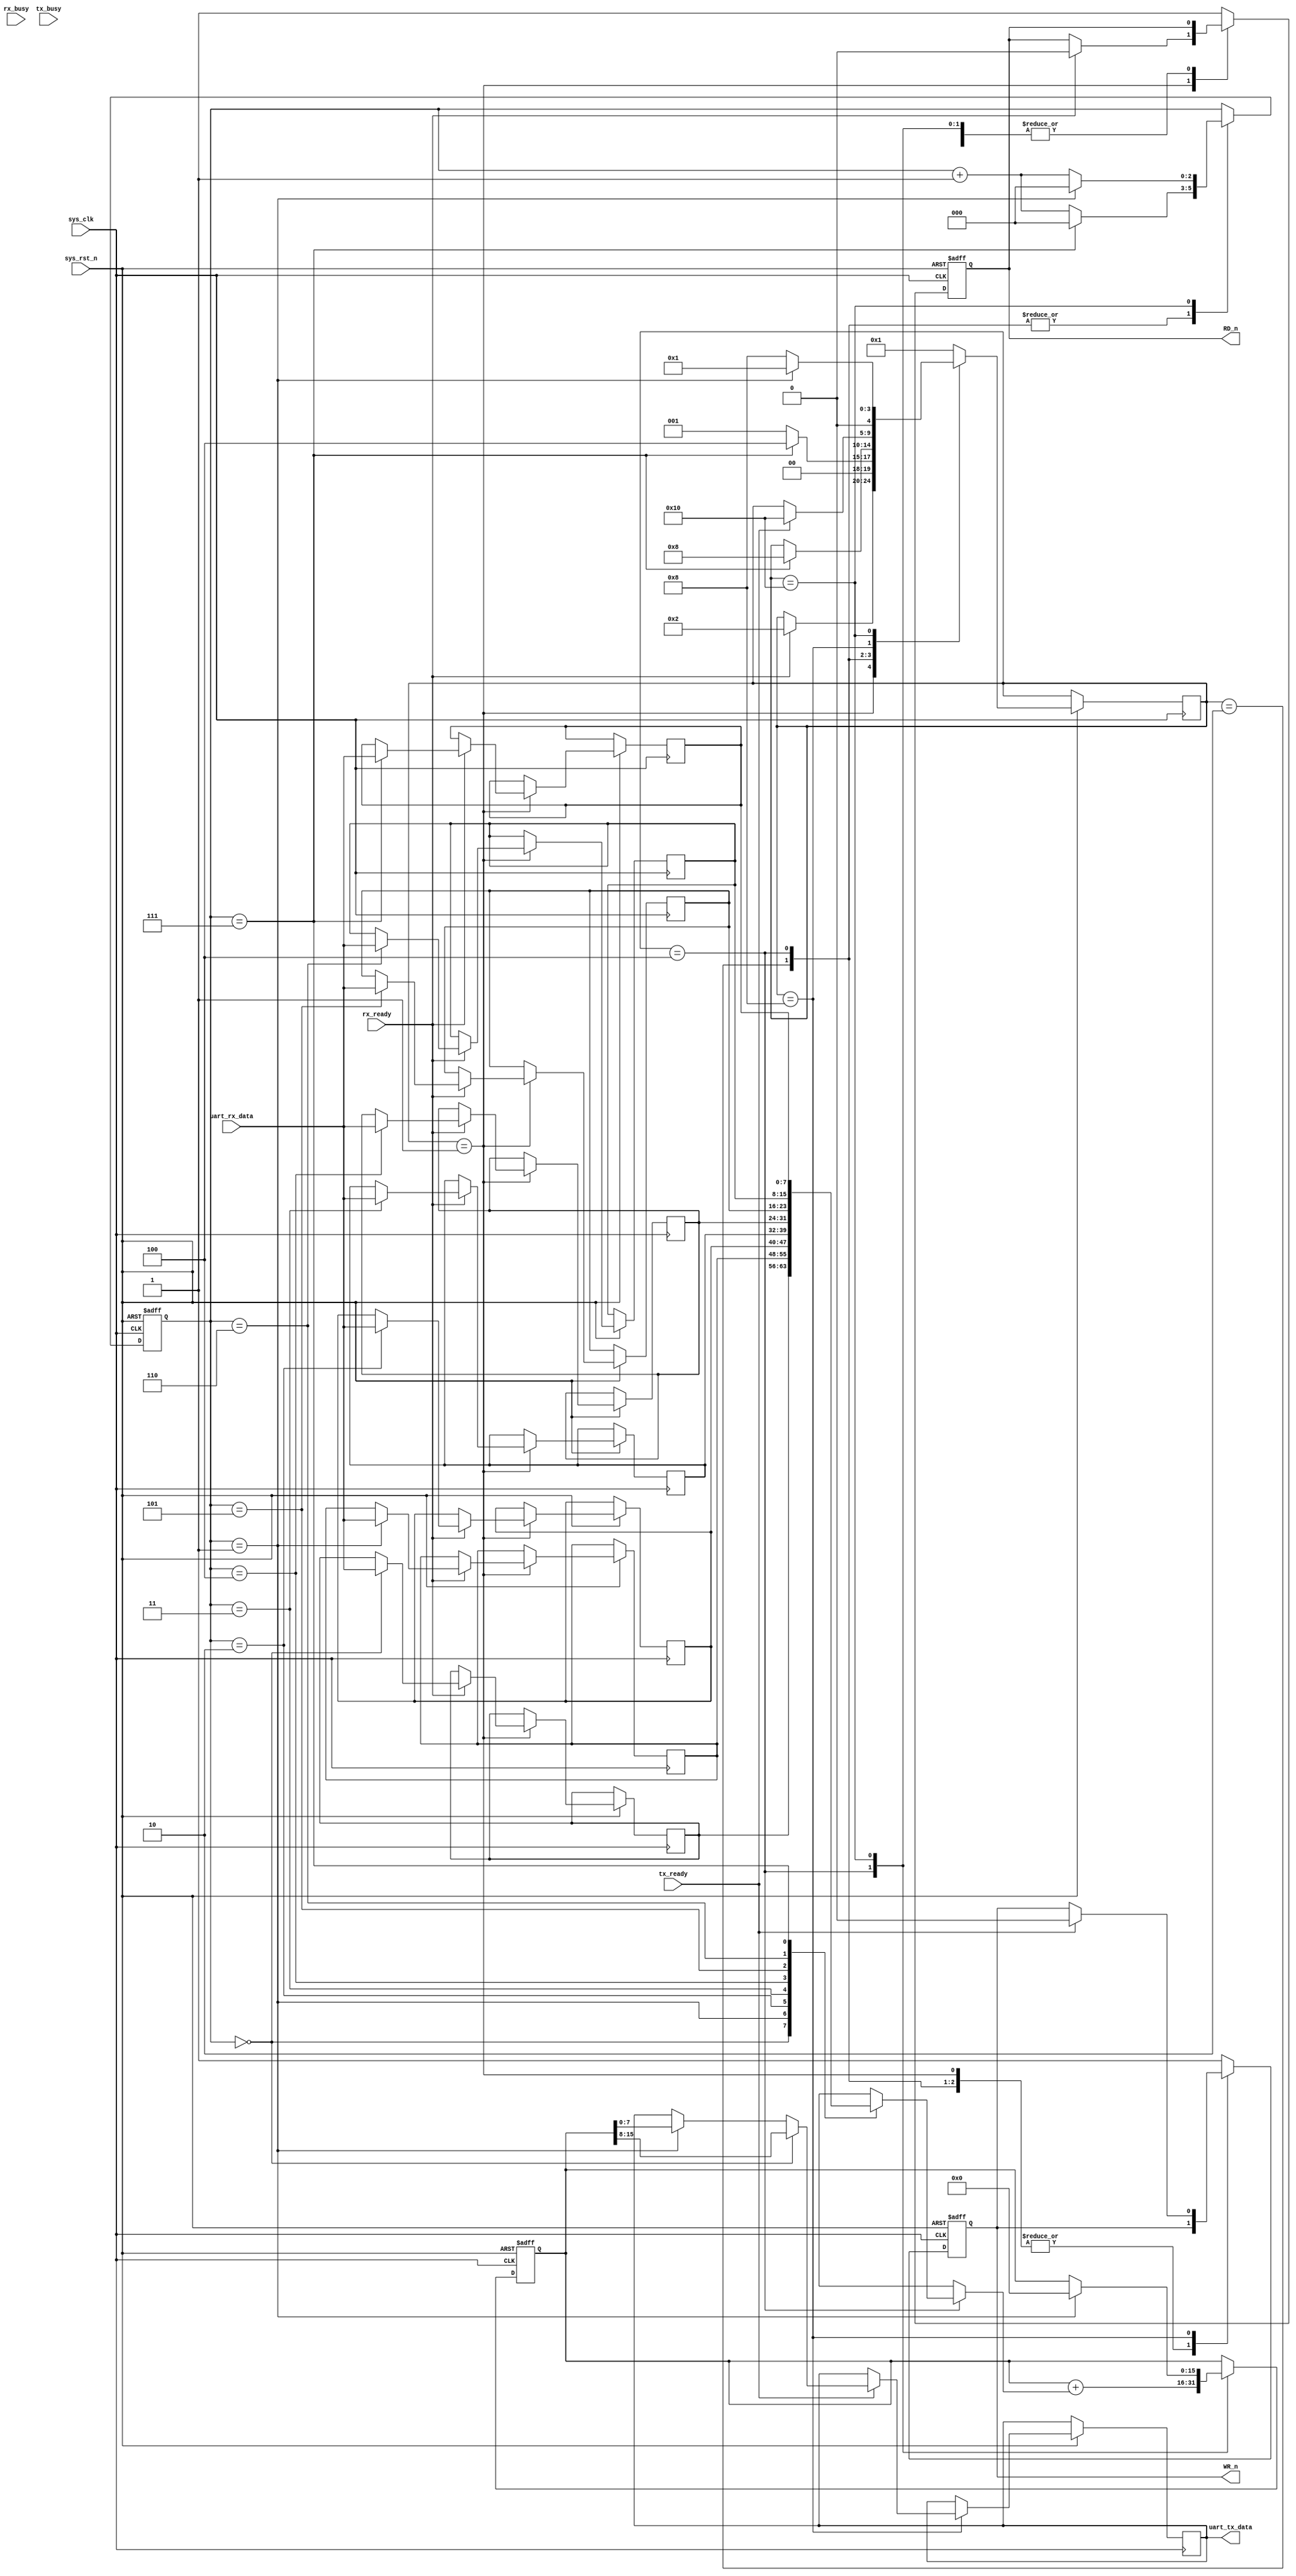
`timescale 1ns/1ps

//accumulate
module control (
           input wire sys_clk,
           input wire sys_rst_n,

           output reg [7: 0] uart_tx_data,
           input wire [7: 0] uart_rx_data,

           input wire rx_ready,
           input wire rx_busy,
           input wire tx_ready,
           input wire tx_busy,

           output reg WR_n,
           output reg RD_n
       );
localparam STATE_RECV = 5'b00001;
localparam STATE_RECV_DONE = 5'b00010;
localparam STATE_CALCULATE = 5'b00100;
localparam STATE_SEND = 5'b01000;
localparam STATE_SEND_DONE = 5'b10000;

reg [4: 0] state;

reg [2: 0] buffer_cnt = 3'b0;
reg [7: 0] data_buffer[0: 7];
reg [15: 0] result;

always @(posedge sys_clk or negedge sys_rst_n) begin
    if (!sys_rst_n) begin
        WR_n <= 1'b1;
        RD_n <= 1'b1;
        buffer_cnt <= 3'b0;
        result <= 16'b0;
    end
    else begin
        case (state)
            STATE_RECV: begin
                if (rx_ready) begin
                    state <= STATE_RECV_DONE;
                    data_buffer[buffer_cnt] <= uart_rx_data;
                    RD_n <= 1'b0; //read uart
                end
            end
            STATE_RECV_DONE: begin
                RD_n <= 1'b1; //read uart done

                if (buffer_cnt == 3'h7) begin
                    buffer_cnt <= 3'b0;
                    state <= STATE_CALCULATE;
                end
                else begin
                    buffer_cnt <= buffer_cnt + 3'b1;
                    state <= STATE_RECV;
                end
            end
            STATE_CALCULATE: begin
                result <= result + {8'b0, data_buffer[buffer_cnt]};

                if (buffer_cnt == 3'h7) begin
                    buffer_cnt <= 3'b0;
                    state <= STATE_SEND;
                end
                else begin
                    buffer_cnt <= buffer_cnt + 3'b1;
                end
            end
            STATE_SEND: begin
                if (tx_ready) begin
                    state <= STATE_SEND_DONE;
                    if (buffer_cnt == 3'h0) begin
                        uart_tx_data <= result[15: 8];
                    end
                    else if (buffer_cnt == 3'h1) begin
                        uart_tx_data <= result[7: 0];
                    end

                    WR_n <= 1'b0; //write uart
                end
            end
            STATE_SEND_DONE: begin
                WR_n <= 1'b1; //write uart done

                if (buffer_cnt == 3'h1) begin
                    buffer_cnt <= 3'b0;
                    result <= 16'b0;
                    state <= STATE_RECV;
                end
                else begin
                    buffer_cnt <= buffer_cnt + 3'b1;
                    state <= STATE_SEND;
                end
            end
            default: begin
                WR_n <= 1'b1;
                RD_n <= 1'b1;
                state <= STATE_RECV;
            end
        endcase
    end
end

endmodule

    //loopback
    // module control (
    //            input wire sys_clk,
    //            input wire sys_rst_n,

    //            output reg [7: 0] uart_tx_data,
    //            input wire [7: 0] uart_rx_data,

    //            input wire rx_ready,
    //            input wire rx_busy,
    //            input wire tx_ready,
    //            input wire tx_busy,

    //            output reg WR_n,
    //            output reg RD_n
    //        );
    // localparam STATE_IDLE = 5'b00001;
    // localparam STATE_READ = 5'b00010;
    // localparam STATE_MATP = 5'b00100;
    // localparam STATE_MATD = 5'b01000;
    // localparam STATE_SEND = 5'b10000;

    // // reg [4: 0] current_state;
    // // reg [4: 0] next_state;
    // reg [4: 0] state;

    // reg [7: 0] data_temp;
    // reg [7: 0] data_temp_1;
    // reg [7: 0] data_temp_2;

    // always @(posedge sys_clk or negedge sys_rst_n) begin
    //     if (!sys_rst_n) begin
    //         WR_n <= 1'b1;
    //         RD_n <= 1'b1;
    //         data_temp <= 8'b0;
    //         data_temp_1 <= 8'b0;
    //         state <= STATE_IDLE;
    //     end
    //     else begin
    //         case (state)
    //             STATE_IDLE: begin
    //                 if (rx_ready) begin
    //                     state <= STATE_READ;
    //                     data_temp <= uart_rx_data;
    //                     RD_n <= 1'b0; //read uart
    //                 end
    //             end
    //             STATE_READ: begin
    //                 RD_n <= 1'b1;
    //                 data_temp <= data_temp;
    //                 state <= STATE_MATP;
    //             end
    //             STATE_MATP: begin
    //                 data_temp <= data_temp;
    //                 state <= STATE_MATD;
    //             end
    //             STATE_MATD: begin
    //                 if (tx_ready) begin
    //                     uart_tx_data <= data_temp;
    //                     state <= STATE_SEND;
    //                     WR_n <= 1'b0; //write uart
    //                 end
    //             end
    //             STATE_SEND: begin
    //                 WR_n <= 1'b1;
    //                 state <= STATE_IDLE;
    //             end
    //             default: begin
    //                 WR_n <= 1'b1;
    //                 RD_n <= 1'b1;
    //                 state <= STATE_IDLE;
    //             end
    //         endcase
    //     end
    // end

    // endmodule


    //matrix
    // module control (
    //            input wire sys_clk,
    //            input wire sys_rst_n,

    //            output reg [7: 0] uart_tx_data,
    //            input wire [7: 0] uart_rx_data,

    //            input wire rx_ready,
    //            input wire rx_busy,
    //            input wire tx_ready,
    //            input wire tx_busy,

    //            output reg WR_n,
    //            output reg RD_n
    //        );
    // localparam BITWIDTH = 8;
    // localparam IS_BITWIDTH_DOUBLE_SCALE = 0;
    // localparam X_ROW = 3;
    // localparam XCOL_YROW = 3;
    // localparam Y_COL = 3;

    // localparam STATE_IDLE = 5'b00001;
    // localparam STATE_READ = 5'b00010;
    // localparam STATE_MATP = 5'b00100;
    // localparam STATE_MATD = 5'b01000;
    // localparam STATE_SEND = 5'b10000;

    // reg [4: 0] state;

    // reg [7: 0] data_temp;
    // reg [7: 0] data_temp_1;
    // reg [7: 0] data_temp_2;

    // reg [1: 0] row_cnt = 2'b00;
    // reg [1: 0] col_cnt = 2'b00;

    // reg start = 1'b1;
    // wire done;
    // reg signed [BITWIDTH * X_ROW * XCOL_YROW - 1: 0] X;
    // reg signed [BITWIDTH * XCOL_YROW * Y_COL - 1: 0] Y = 72'h010203040506070809;
    // wire signed [BITWIDTH * (IS_BITWIDTH_DOUBLE_SCALE + 1) * X_ROW * Y_COL - 1: 0] Z;

    // always @(posedge sys_clk or negedge sys_rst_n) begin
    //     if (!sys_rst_n) begin
    //         WR_n <= 1'b1;
    //         RD_n <= 1'b1;
    //         row_cnt = 2'b00;
    //         col_cnt = 2'b00;
    //         data_temp <= 8'b0;
    //         data_temp_1 <= 8'b0;
    //         X <= 72'h0;
    //         Y <= 72'h010203040506070809;
    //         state <= STATE_IDLE;
    //     end
    //     else begin
    //         case (state)
    //             STATE_IDLE: begin
    //                 if (rx_ready) begin
    //                     state <= STATE_READ;
    //                     data_temp <= uart_rx_data;
    //                     RD_n <= 1'b0; //read uart
    //                     WR_n <= 1'b1;
    //                 end
    //             end
    //             STATE_READ: begin
    //                 RD_n <= 1'b1;
    //                 X[(BITWIDTH * X_ROW * XCOL_YROW - 1) - (row_cnt * XCOL_YROW * BITWIDTH) - (col_cnt * BITWIDTH) -: BITWIDTH] <= data_temp - 8'h30; //trans ascii to hex and load data
    //                 row_cnt <= row_cnt + 2'b1;
    //                 col_cnt <= col_cnt + 2'b1;
    //                 if (row_cnt == 2'b11 && col_cnt == 2'b11) begin
    //                     row_cnt = 2'b00;
    //                     col_cnt = 2'b00;
    //                     start <= 1'b1;
    //                     state <= STATE_MATP;
    //                 end
    //             end
    //             STATE_MATP: begin
    //                 if (done) begin
    //                     X <= 72'h0;
    //                     start <= 1'b1;
    //                     state <= STATE_MATD;
    //                 end
    //             end
    //             STATE_MATD: begin
    //                 if (tx_ready) begin
    //                     uart_tx_data <= data_temp_1;
    //                     state <= STATE_SEND;
    //                     WR_n <= 1'b0; //write uart
    //                 end
    //             end
    //             STATE_SEND: begin
    //                 WR_n <= 1'b1;
    //                 if (tx_ready) begin
    //                     state <= STATE_IDLE;
    //                 end
    //             end
    //             default: begin
    //                 WR_n <= 1'b1;
    //                 RD_n <= 1'b1;
    //                 state <= STATE_IDLE;
    //             end
    //         endcase
    //     end
    // end



    // endmodule


    //repeat 8bytes
    // module control (
    //            input wire sys_clk,
    //            input wire sys_rst_n,

    //            output reg [7: 0] uart_tx_data,
    //            input wire [7: 0] uart_rx_data,

    //            input wire rx_ready,
    //            input wire rx_busy,
    //            input wire tx_ready,
    //            input wire tx_busy,

    //            output reg WR_n,
    //            output reg RD_n
    //        );
    // localparam STATE_RECV = 5'b00001;
    // localparam STATE_RECV_DONE = 5'b00010;
    // localparam STATE_CALCULATE = 5'b00100;
    // localparam STATE_SEND = 5'b01000;
    // localparam STATE_SEND_DONE = 5'b10000;

    // reg [4: 0] state;

    // reg [2: 0] buffer_cnt = 3'b0;
    // reg [7: 0] data_buffer[0: 7];
    // reg [15: 0] result;

    // always @(posedge sys_clk or negedge sys_rst_n) begin
    //     if (!sys_rst_n) begin
    //         WR_n <= 1'b1;
    //         RD_n <= 1'b1;
    //         buffer_cnt <= 3'b0;
    //         result <= 16'b0;
    //     end
    //     else begin
    //         case (state)
    //             STATE_RECV: begin
    //                 if (rx_ready) begin
    //                     state <= STATE_RECV_DONE;
    //                     data_buffer[buffer_cnt] <= uart_rx_data;
    //                     RD_n <= 1'b0; //read uart
    //                 end
    //             end
    //             STATE_RECV_DONE: begin
    //                 RD_n <= 1'b1; //read uart done

    //                 if (buffer_cnt == 3'h7) begin
    //                     buffer_cnt <= 3'b0;
    //                     state <= STATE_CALCULATE;
    //                 end
    //                 else begin
    //                     buffer_cnt <= buffer_cnt + 3'b1;
    //                     state <= STATE_RECV;
    //                 end
    //             end
    //             STATE_CALCULATE: begin
    //                 state <= STATE_SEND;
    //             end
    //             STATE_SEND: begin
    //                 if (tx_ready) begin
    //                     state <= STATE_SEND_DONE;
    //                     uart_tx_data <= data_buffer[buffer_cnt];
    //                     WR_n <= 1'b0; //write uart
    //                 end
    //             end
    //             STATE_SEND_DONE: begin
    //                 WR_n <= 1'b1; //write uart done

    //                 if (buffer_cnt == 3'h7) begin
    //                     buffer_cnt <= 3'b0;
    //                     state <= STATE_RECV;
    //                 end
    //                 else begin
    //                     buffer_cnt <= buffer_cnt + 3'b1;
    //                     state <= STATE_SEND;
    //                 end
    //             end
    //             default: begin
    //                 WR_n <= 1'b1;
    //                 RD_n <= 1'b1;
    //                 state <= STATE_RECV;
    //             end
    //         endcase
    //     end
    // end

    // endmodule


    //CRC
    // module control (
    //            input wire sys_clk,
    //            input wire sys_rst_n,

    //            output reg [7: 0] uart_tx_data,
    //            input wire [7: 0] uart_rx_data,

    //            input wire rx_ready,
    //            input wire rx_busy,
    //            input wire tx_ready,
    //            input wire tx_busy,

    //            output reg WR_n,
    //            output reg RD_n
    //        );
    // localparam BITWIDTH = 8;
    // localparam LFSR_WIDTH = 32;
    // localparam LFSR_POLY = 32'h04C11DB7;
    // localparam LFSR_INIT = {LFSR_WIDTH{1'b1}};
    // localparam REVERSE = 1;
    // localparam INVERT = 1;

    // localparam STATE_RECV = 5'b00001;
    // localparam STATE_RECV_DONE = 5'b00010;
    // localparam STATE_CALCULATE = 5'b00100;
    // localparam STATE_SEND = 5'b01000;
    // localparam STATE_SEND_DONE = 5'b10000;

    // reg [4: 0] state;

    // reg valid = 1'b0;
    // reg [7: 0] data_i = 8'b0;
    // wire [LFSR_WIDTH - 1: 0] crc_o;

    // reg [2: 0] buffer_cnt = 3'b0;
    // reg [7: 0] data_buffer[0: 7];
    // reg [LFSR_WIDTH - 1: 0] result;

    // always @(posedge sys_clk or negedge sys_rst_n) begin
    //     if (!sys_rst_n) begin
    //         WR_n <= 1'b1;
    //         RD_n <= 1'b1;
    //         buffer_cnt <= 3'b0;
    //         result <= {LFSR_WIDTH{1'b0}};
    //     end
    //     else begin
    //         case (state)
    //             STATE_RECV: begin
    //                 if (rx_ready) begin
    //                     state <= STATE_RECV_DONE;
    //                     valid <= 1'b1; //start CRC32 check
    //                     data_i <= uart_rx_data;
    //                     RD_n <= 1'b0; //read uart
    //                 end
    //             end
    //             STATE_RECV_DONE: begin
    //                 RD_n <= 1'b1; //read uart done

    //                 if (buffer_cnt == 3'h7) begin //accumulate 8bits
    //                     buffer_cnt <= 3'b0;
    //                     data_i <= 8'b0;
    //                     valid <= 1'b0;
    //                     state <= STATE_CALCULATE;
    //                 end
    //                 else begin
    //                     buffer_cnt <= buffer_cnt + 3'b1;
    //                     state <= STATE_RECV;
    //                 end
    //             end
    //             STATE_CALCULATE: begin
    //                 result <= crc_o;
    //                 state <= STATE_SEND;
    //             end
    //             STATE_SEND: begin
    //                 if (tx_ready) begin
    //                     state <= STATE_SEND_DONE;
    //                     case (buffer_cnt)
    //                         0: begin
    //                             uart_tx_data <= result[31: 24];
    //                         end
    //                         1: begin
    //                             uart_tx_data <= result[23: 16];
    //                         end
    //                         2: begin
    //                             uart_tx_data <= result[15: 8];
    //                         end
    //                         3: begin
    //                             uart_tx_data <= result[7: 0];
    //                         end
    //                         default: begin
    //                             uart_tx_data <= 8'b0;
    //                         end
    //                     endcase

    //                     WR_n <= 1'b0; //write uart
    //                 end
    //             end
    //             STATE_SEND_DONE: begin
    //                 WR_n <= 1'b1; //write uart done

    //                 if (buffer_cnt == 3'h3) begin
    //                     buffer_cnt <= 3'b0;
    //                     state <= STATE_RECV;
    //                 end
    //                 else begin
    //                     buffer_cnt <= buffer_cnt + 3'b1;
    //                     state <= STATE_SEND;
    //                 end
    //             end
    //             default: begin
    //                 WR_n <= 1'b1;
    //                 RD_n <= 1'b1;
    //                 state <= STATE_RECV;
    //             end
    //         endcase
    //     end
    // end


    // //CRC32 Validation
    // // lfsr_crc #(
    // //              .BITWIDTH ( BITWIDTH ),
    // //              .LFSR_WIDTH ( LFSR_WIDTH ),
    // //              .LFSR_POLY ( LFSR_POLY ),
    // //              .LFSR_INIT ( {LFSR_WIDTH{1'b1}} ),
    // //              .REVERSE ( REVERSE ),
    // //              .INVERT ( INVERT )
    // //          )
    // //          u_lfsr_crc32(
    // //              //ports
    // //              .clk ( sys_clk ),
    // //              .rst_n ( sys_rst_n ),
    // //              .data_i ( data_i ),
    // //              .valid ( valid ),
    // //              .crc_o ( crc_o )
    // //          );


    // endmodule